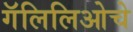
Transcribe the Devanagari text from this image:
गॅलिलिओचे